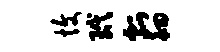
愎玳瓢徊